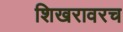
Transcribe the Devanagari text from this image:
शिखरावरच